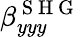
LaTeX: \beta_{yyy}^{\mathrm{~S~H~G~}}